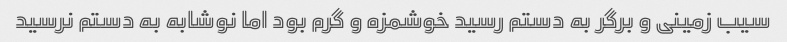
سیب زمینی و برگر به دستم رسید خوشمزه و گرم بود اما نوشابه به دستم نرسید